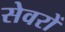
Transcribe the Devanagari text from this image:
सेवरों